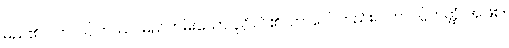
မည်၏။ လာလပ္ပိတဿ၊ မြည်တမ်းသော ပုဂ္ဂိုလ်၏။ ဘာဝေါ၊ တည်း။ လာလပ္ပိတတ္ထံ၊ အဖြစ်။